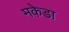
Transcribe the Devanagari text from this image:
मकेडा